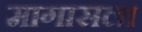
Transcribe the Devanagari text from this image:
मागासला